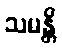
သမန္တိ